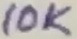
Text: 10K